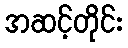
အဆင့်တိုင်း